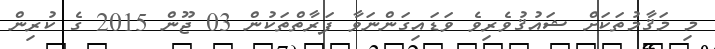
މި މަޤާމުތަކަށް ޝައުޤުވެރިވެ ވަޑައިގަންނަވާ ފަރާތްތަކުން 03 ޖޫން 2015 ގެ ކުރިން